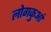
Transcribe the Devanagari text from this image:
लोगकुआं